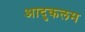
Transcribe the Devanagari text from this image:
आदुकलम